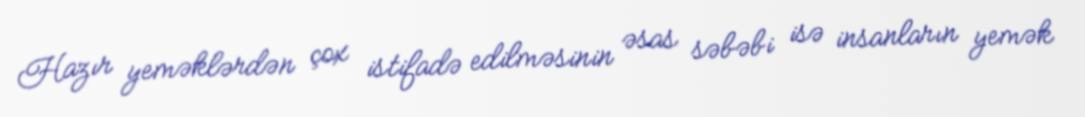
Hazır yeməklərdən çox istifadə edilməsinin əsas səbəbi isə insanların yemək